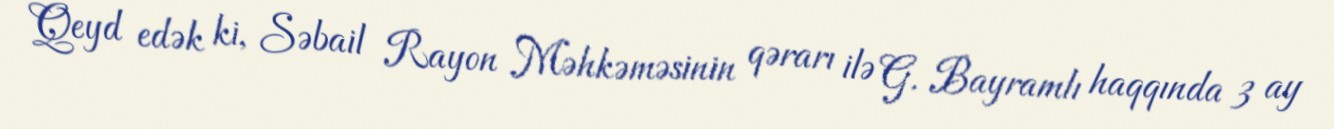
Qeyd edək ki, Səbail Rayon Məhkəməsinin qərarı ilə G. Bayramlı haqqında 3 ay